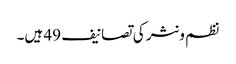
نظم و نثر کی تصانیف 49 ہیں۔